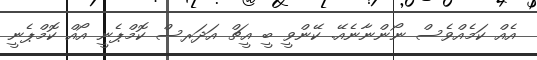
އެއް ކަމެއްވެސް ނޯންނާނެއޭ. ކޭންވީ ބީ އީޗް އަދަރސް ކޮމްޕެނީ އޯއް ކޮމްޕެނީ